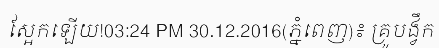
ស្អែកឡើយ!03:24 PM 30.12.2016(ភ្នំពេញ)៖ គ្រូបង្វឹក